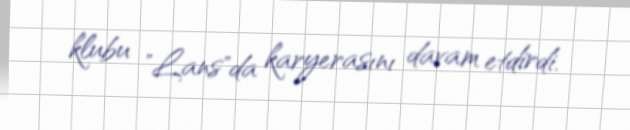
klubu "Lans"da karyerasını davam etdirdi.